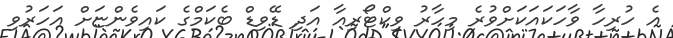
އެ ހުރިހާ ވާހަކައަކަށްވުރެ މިހާރު ވިކްޓޯރިއާ އަދި ޑޭވިޑް ބެކަމްގެ ކައިވެންޏަށް އަހަރުވި